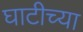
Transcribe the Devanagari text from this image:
घाटीच्या